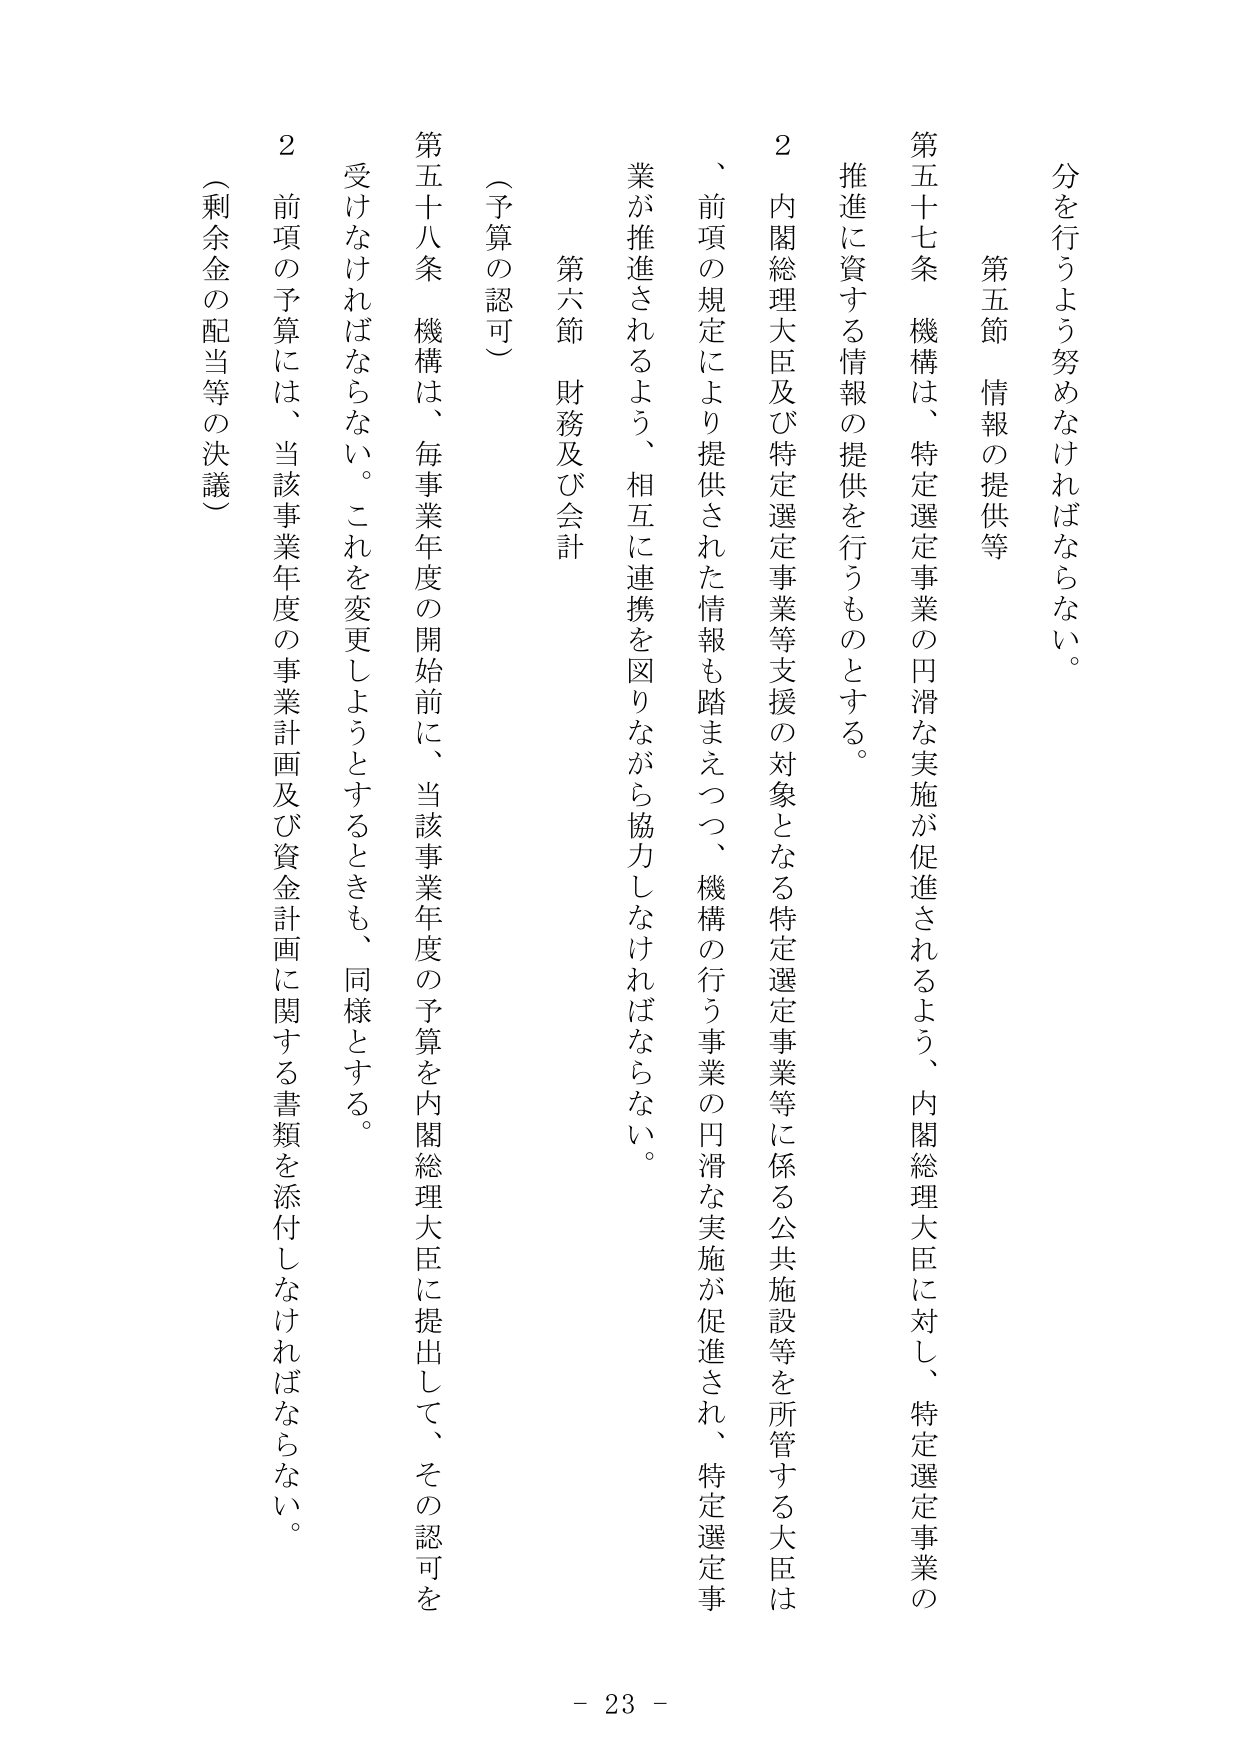
分を行うよう努めなければならない。

第五節 情報の提供等

第五十七条 機構は、特定選定事業の円滑な実施が促進されるよう、内閣総理大臣に対し、特定選定事業の推進に資する情報の提供を行うものとする。

２ 内閣総理大臣及び特定選定事業等支援の対象となる特定選定事業等に係る公共施設等を所管する大臣は、前項の規定により提供された情報も踏まえつつ、機構の行う事業の円滑な実施が促進され、特定選定事業が推進されるよう、相互に連携を図りながら協力しなければならない。

第六節 財務及び会計

（予算の認可）

第五十八条 機構は、毎事業年度の開始前に、当該事業年度の予算を内閣総理大臣に提出して、その認可を受けなければならない。これを変更しようとするときも、同様とする。

２ 前項の予算には、当該事業年度の事業計画及び資金計画に関する書類を添付しなければならない。

（剰余金の配当等の決議）

- 23 -